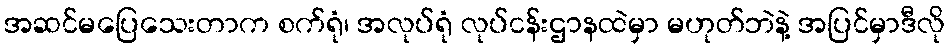
အဆင်မပြေသေးတာက စက်ရုံ၊ အလုပ်ရုံ လုပ်ငန်းဌာနထဲမှာ မဟုတ်ဘဲနဲ့ အပြင်မှာဒီလို